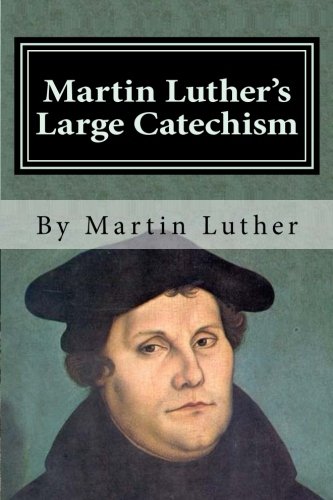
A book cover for Martin Luther's Large Catechism; Martin Luther; Christian Books & Bibles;